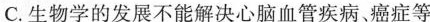
C.生物学的发展不能解决心脑血管疾病、癌症等